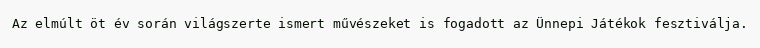
Az elmúlt öt év során világszerte ismert művészeket is fogadott az Ünnepi Játékok fesztiválja.